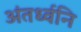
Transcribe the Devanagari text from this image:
अंतर्ध्वनि